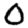
Digit: 0